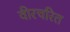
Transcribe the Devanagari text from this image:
वीरचरित